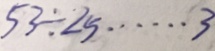
5 3 \div 2 5 \cdots 3